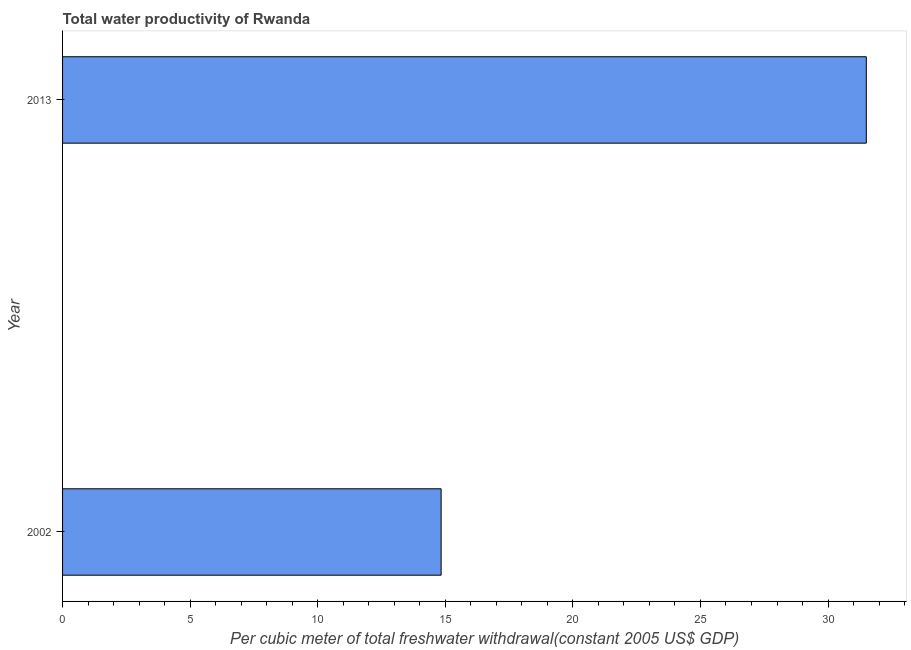
| Year | Water productivity |
 | --- | --- |
 | 2002 | 14.8 |
 | 2013 | 31.5 |